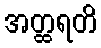
အတ္ထရတိ